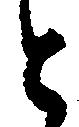
と